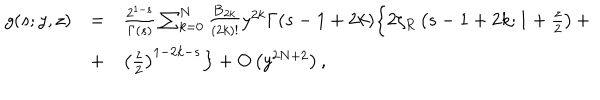
\begin{array} { r c l } { { g ( s ; y , z ) } } & { { = } } & { { \frac { 2 ^ { 1 - s } } { \Gamma ( s ) } \sum _ { k = 0 } ^ { N } \frac { { \bf B } _ { 2 k } } { ( 2 k ) ! } y ^ { 2 k } \Gamma ( s - 1 + 2 k ) \Bigl \{ 2 \zeta _ { R } \left( s - 1 + 2 k ; 1 + \frac { z } { 2 } \right) + } } \\ { { } } & { { + } } & { { \left( \frac { z } { 2 } \right) ^ { 1 - 2 k - s } \Bigr \} + O \left( y ^ { 2 N + 2 } \right) , } } \\ \end{array}